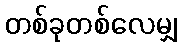
တစ်ခုတစ်လေမျှ